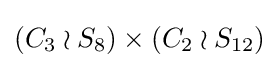
(C_{3}\wr S_{8})\times (C_{2}\wr S_{12})